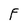
Character: F